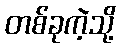
တစ်ခုကဲ့သို့